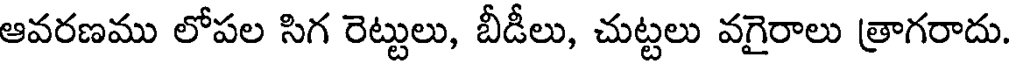
ఆవరణము లోపల సిగ రెట్టులు, బీడీలు, చుట్టలు వగైరాలు త్రాగరాదు.